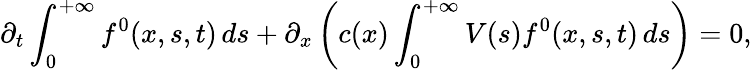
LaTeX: \partial_{t}\int_{0}^{+\infty}f^{0}(x,s,t)\, ds+\partial_{x}\left(c(x)\int_{0}^{+\infty}V(s)f^{0}(x,s,t)\, ds\right)=0,